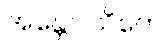
အန္တေဝါသိကေ